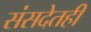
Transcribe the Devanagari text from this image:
संसदेतही